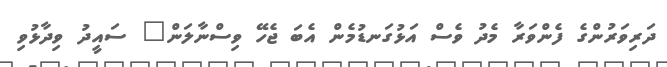
ދަރިވަރުންގެ ފެންވަރާ މެދު ވެސް އަޅުގަނޑުމެން އެބަ ޖެހޭ ވިސްނާލަން" ސައީދު ވިދާޅުވި